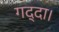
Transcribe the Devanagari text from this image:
गद्दा।